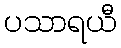
ပသာရယီ